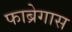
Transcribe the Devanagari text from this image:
फाब्रेगास